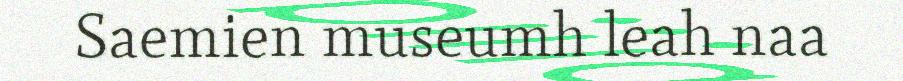
Saemien museumh leah naa